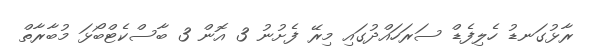
ރާޅުގަނޑު ހެލިފެޑް ސަރަހައްދުގައި މިރޭ ފެށުނު 3 އޮން 3 ބާސްކެޓްބޯޅަ މުބާރާތް